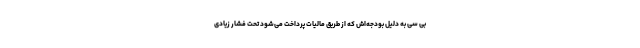
بی سی به دلیل بودجه‌اش که از طریق مالیات پرداخت می‌شود تحت فشار زیادی